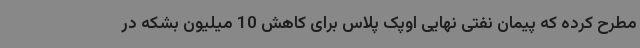
مطرح کرده که پیمان نفتی نهایی اوپک پلاس برای کاهش 10 میلیون بشکه در